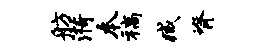
舫漪本稿臧脊